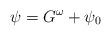
LaTeX: \begin{align*} \psi=G^\omega+\psi_0\end{align*}